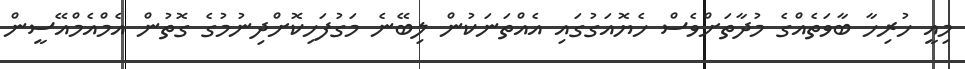
މިއީ ހުރިހާ ބާވަތެއްގެ މުދާތަށްވެސް ހެޔޮއަގުގައި އެއްތަނަކުން ލިބޭނެ މަގުފަހިކޮށްދިނުމުގެ ގޮތުން އެމްއެމްއޭސީން